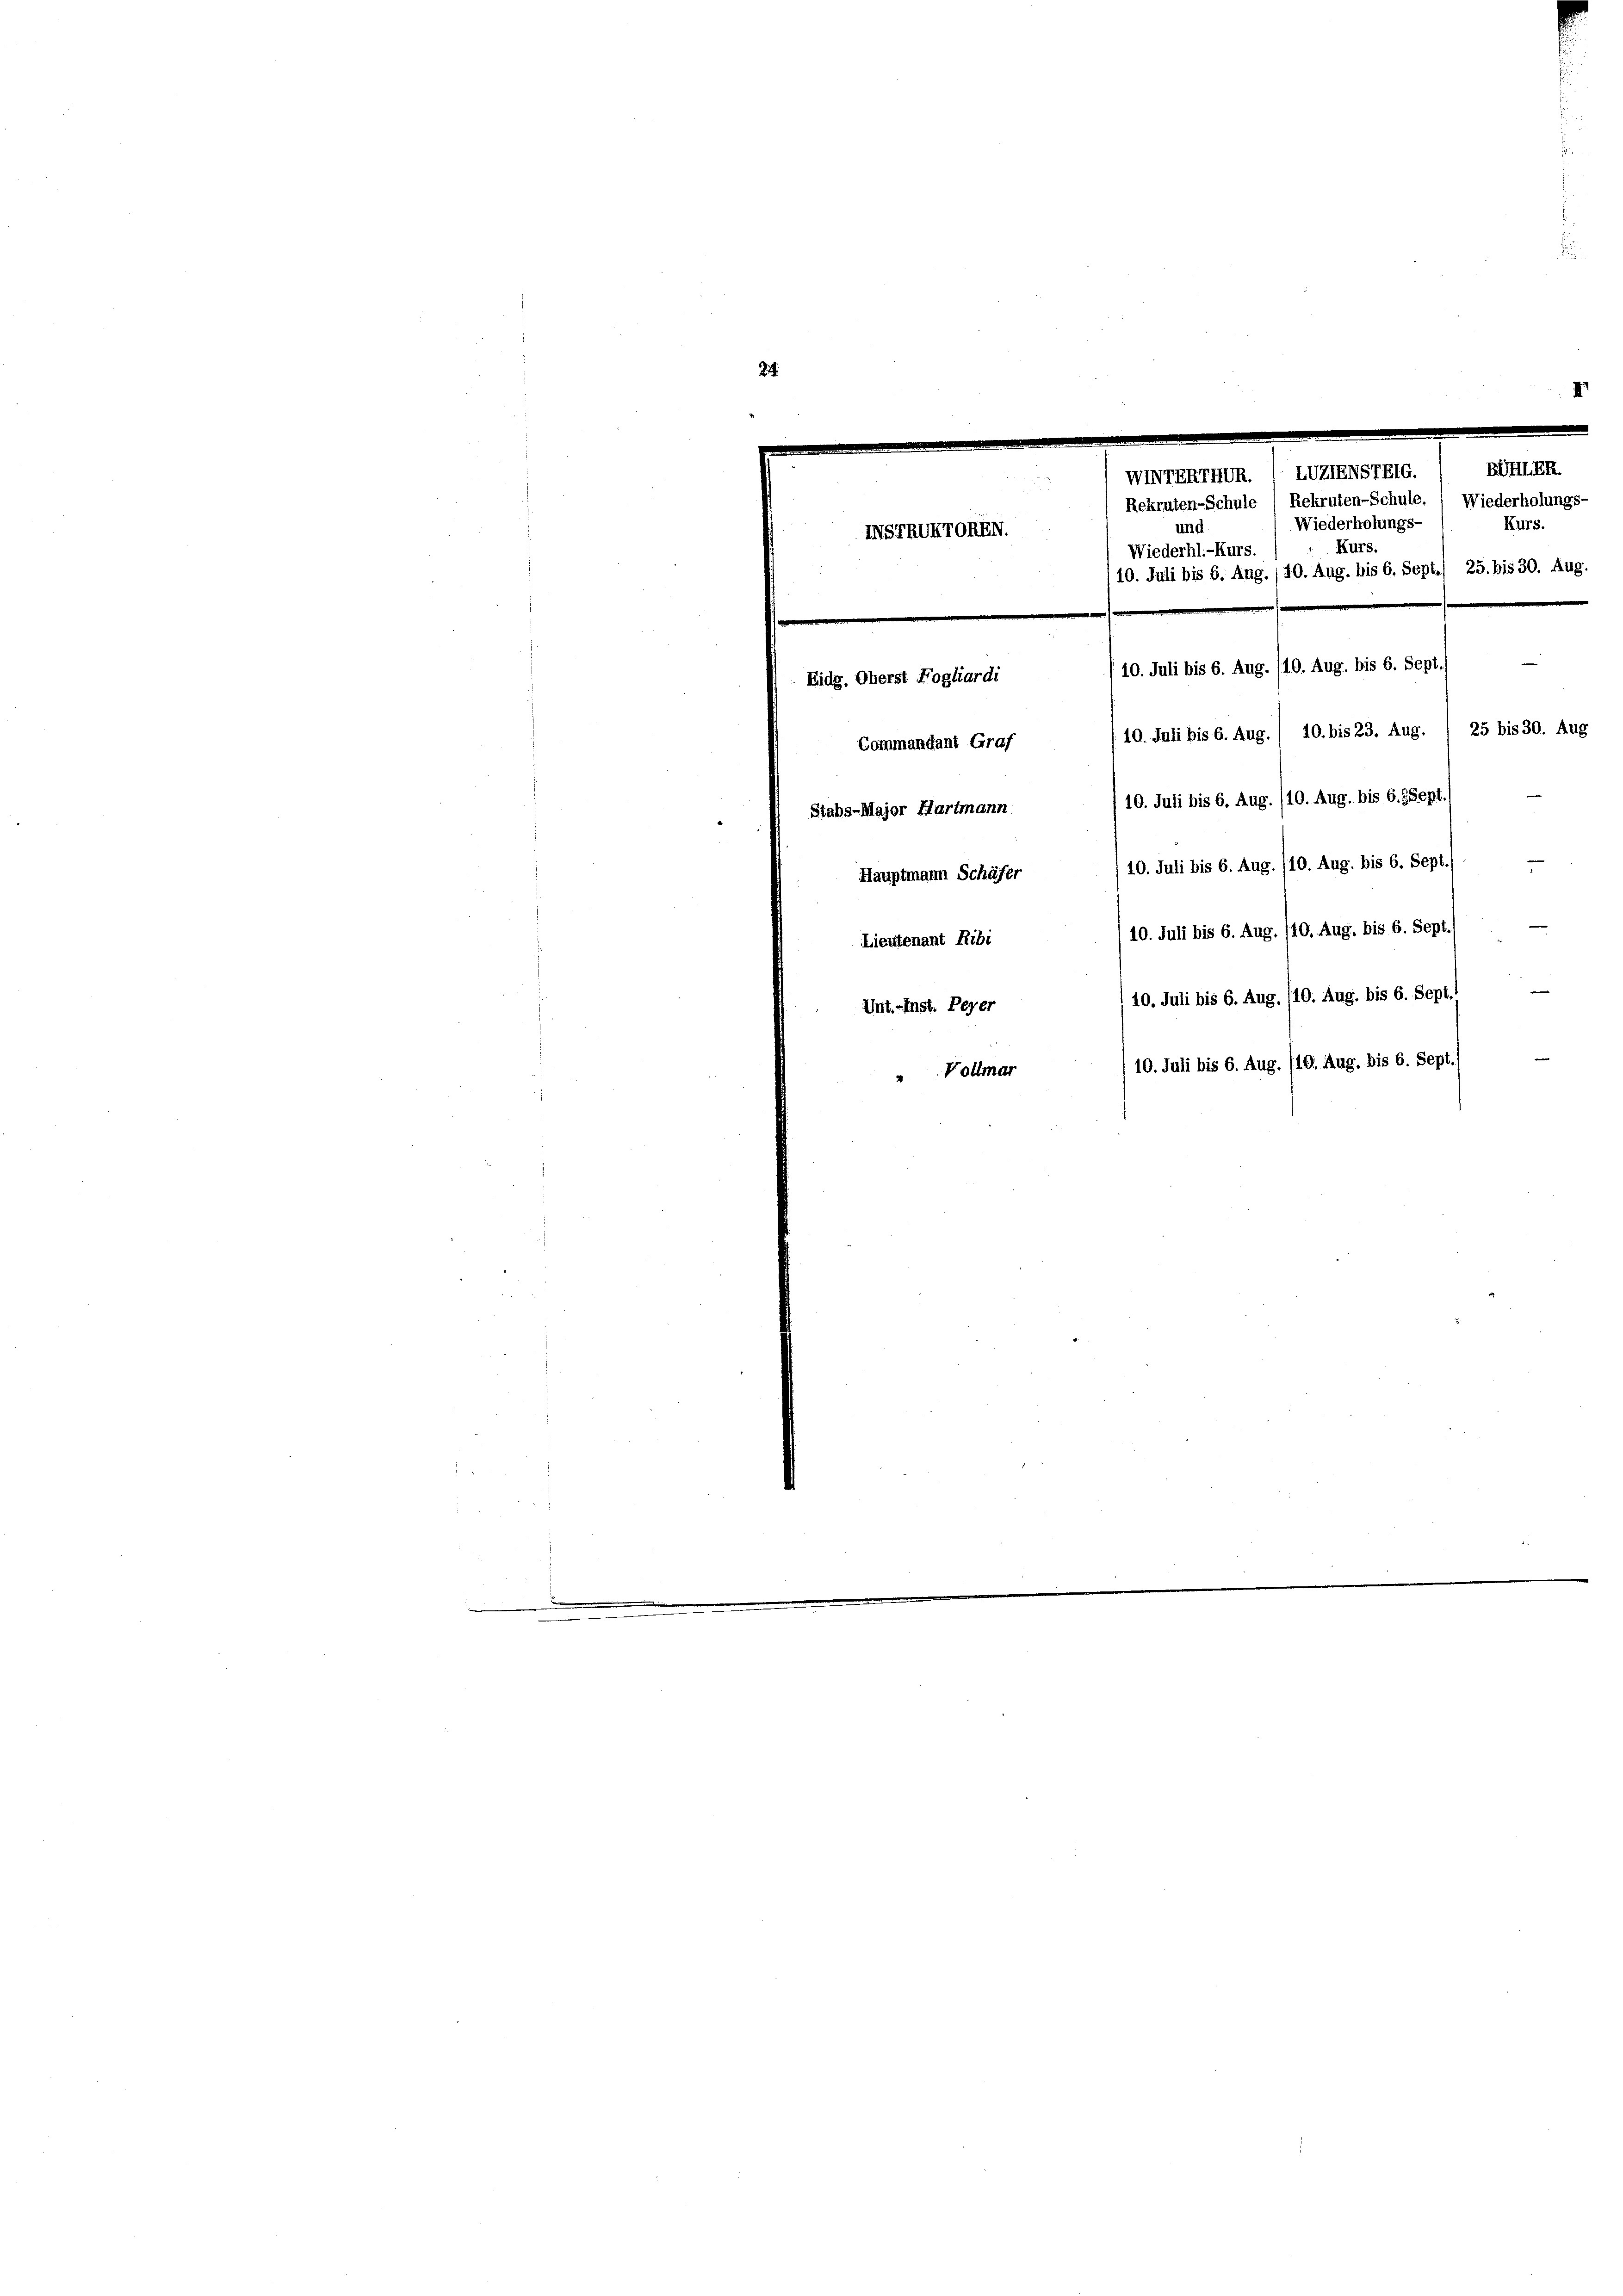
2.
e
WINERIEDR. / LIZIENSTELG.
Rekruten-Schule, Rekruten-Schule. ( Wiederholungs-
Wiederholungs-
Kurs.
und
INSTRIKTOREN
Kurs:
Wiederhl.-Kurs.
/10. Juli bis 6. Aug., 10. Aug. bis 6. Sept./ 25. bis 30. Aug.
e
Eidg. Oberst Fogliardi /10. Juli bis 6. Aug. /10. Aug. bis 6. Sept
10. Juli bis 6. Aug. / 10. bis 23. Aug. / 25 bis 30. Aug
Commandant Graf
10. Juli bis 6. Aug. /10. Aug. bis 6. Sept
Stabs-Major Hartmann
Hauptmann Schäfer) 10. Juli bis 6. Aug. /10. Aug. bis 6. Sept
10. Juli bis 6. Aug. /10. Aug. bis 6. Sept
Lieutenant Ribi
10. Juli bis 6. Aug. /10. Aug. bis 6. Sept.
Unt. Inst. Peyer

BIILER.
/10. Juli bis 6. Aug. /10. Aug. bis 6. Sept.)
 Vollmar